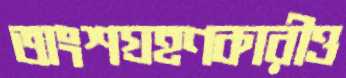
অংশগ্রহণকারীও